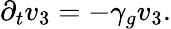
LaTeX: \partial_{t}v_{3}=-\gamma_{g}v_{3}.